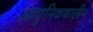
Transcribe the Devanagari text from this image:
आधुनिककालीन